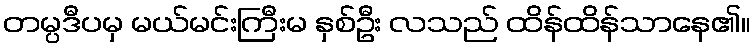
တမ္ပဒီပမှ မယ်မင်းကြီးမ နှစ်ဦး လသည် ထိန်ထိန်သာနေ၏။